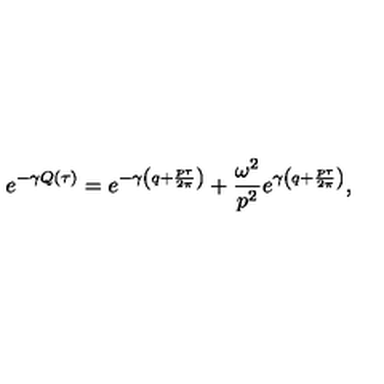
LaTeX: e ^ { - \gamma Q ( \tau ) } = e ^ { - \gamma \left( q + \frac { p \tau } { 2 \pi } \right) } + \frac { \omega ^ { 2 } } { p ^ { 2 } } e ^ { \gamma \left( q + \frac { p \tau } { 2 \pi } \right) } ,